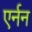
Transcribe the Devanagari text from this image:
एर्नन